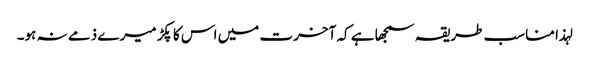
لہذا مناسب طریقہ سمجھا ہے کہ آخرت میں اس کا پکڑ میرے ذمے نہ ہو۔